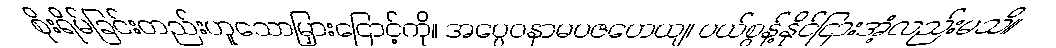
စိုးရိမ်ခြင်းတည်းဟူသောမြှားငြောင့်ကို။ အပ္ပေဝနာမပဇဟေယျ၊ ပယ်စွန့်နိုင်ငြားအံ့လည်းမသိ။